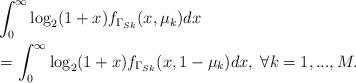
LaTeX: \begin{align*} & \int_{0}^\infty \log_2(1+x) f_{\Gamma_{Sk}}(x,\mu_k) dx \\&= \int_{0}^\infty \log_2(1+x) f_{\Gamma_{Sk}}(x,1-\mu_k) dx,\;\forall k=1,...,M.\end{align*}